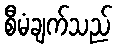
စီမံချက်သည်